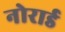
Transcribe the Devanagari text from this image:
नोरार्ड